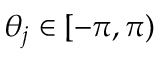
\theta _ { j } \in [ - \pi , \pi )